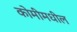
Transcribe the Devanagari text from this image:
कोमीमधील